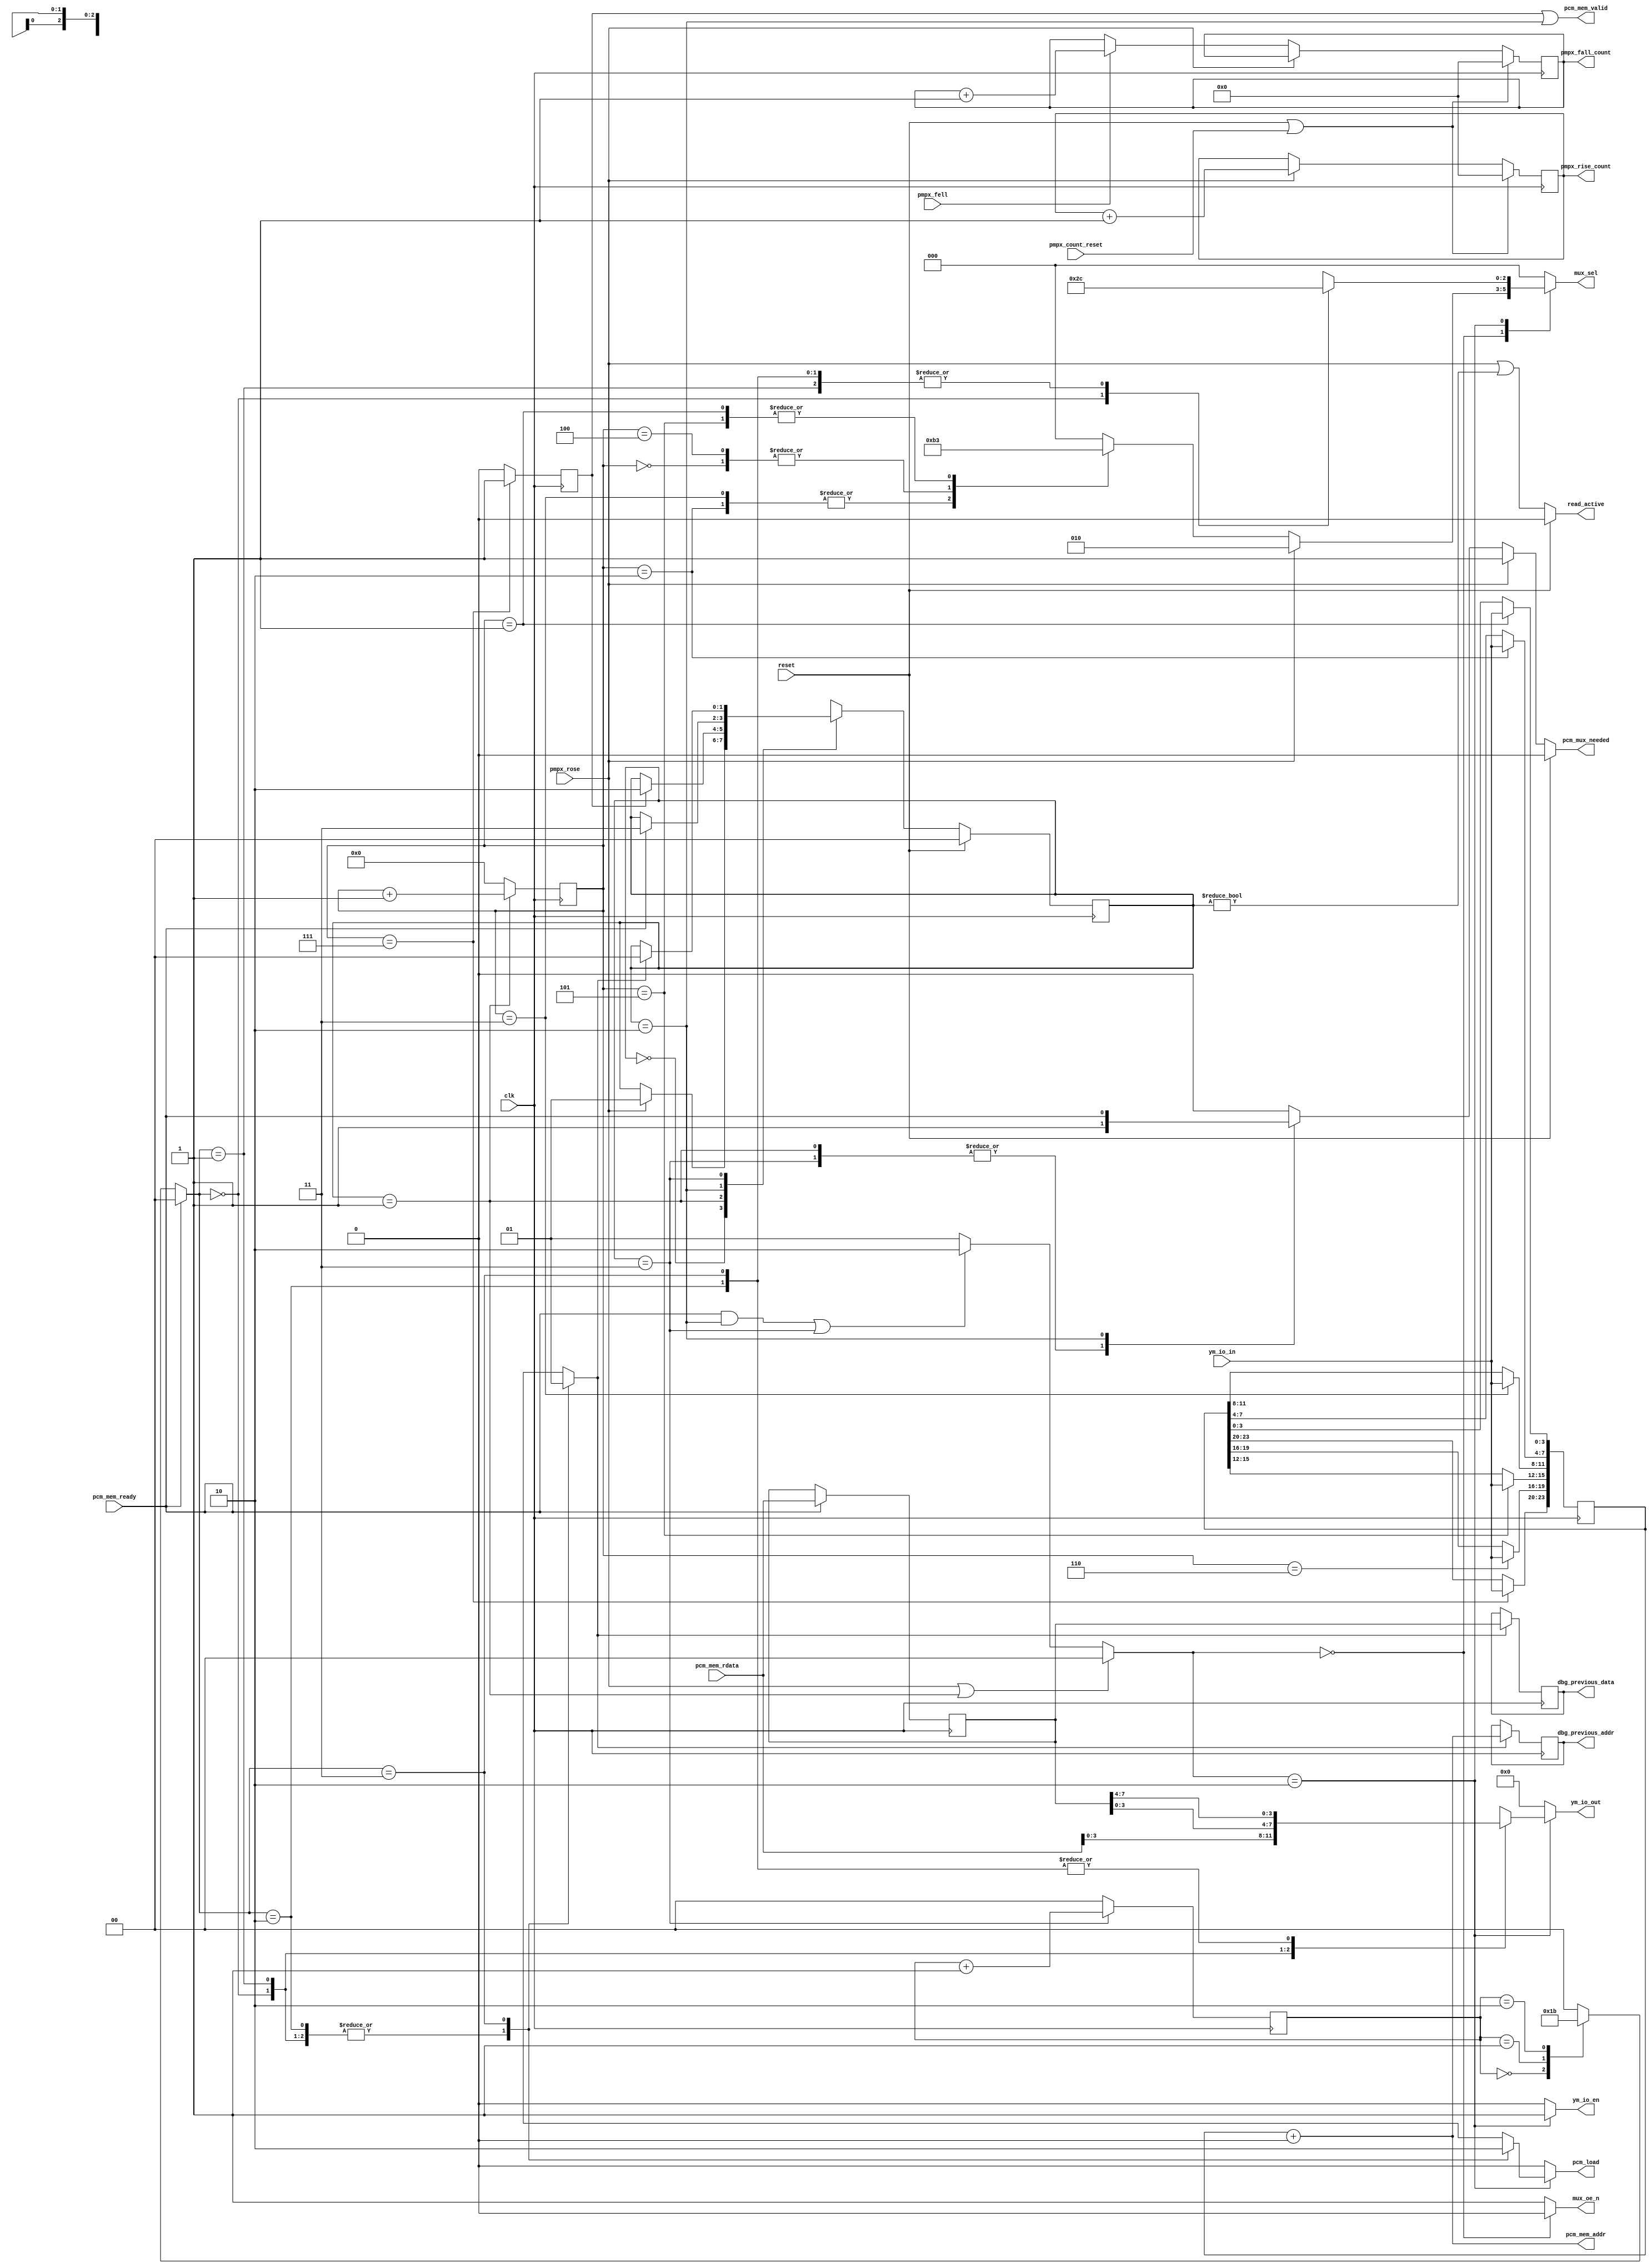
module adpcm_b_reader #(
	parameter [23:0] ADDRESS_OFFSET = 24'b0
) (
	input clk,
	input reset,

	// Status

	output reg [15:0] pmpx_rise_count,
	output reg [15:0] pmpx_fall_count,
	input pmpx_count_reset,
	
	// PCM Mux

	output reg pcm_mux_needed,
	output reg read_active,

	input pmpx_rose,
	input pmpx_fell,

	input [3:0] ym_io_in,

	output [3:0] ym_io_out,
	output ym_io_en,
	output [2:0] mux_sel,
	output mux_oe_n,
	output pcm_load,

	// PCM data reading

	input [7:0] pcm_mem_rdata,
	input pcm_mem_ready,

	output [23:0] pcm_mem_addr,
	output reg pcm_mem_valid,

	// Debugging

	output reg [23:0] dbg_previous_addr,
	output reg [7:0] dbg_previous_data
);
	// --- IO ---

	reg [3:0] ym_io_out_nx;
	reg [2:0] mux_sel_nx;
	reg pcm_load_nx;
	reg ym_io_en_nx;
	reg mux_oe_n_nx;

	assign ym_io_out = ym_io_out_nx;
	assign mux_sel = mux_sel_nx;
	assign pcm_load = pcm_load_nx;
	assign ym_io_en = ym_io_en_nx;
	assign mux_oe_n = mux_oe_n_nx;

	// --- FSM ---

	localparam [1:0]
		S_IDLE = 0,
		S_ADDRESS_READING = 1,
		S_PCM_READING = 2,
		S_PCM_WRITING = 3;

	reg [1:0] state;
	reg [1:0] state_nx;

	always @(posedge clk) begin
		state <= state_nx;
	end

	always @* begin
		if (reset) begin
			state_nx = S_IDLE;
		end else begin
			state_nx = state;

			case (state)
				S_IDLE: begin
					if (pmpx_rose) begin
						state_nx = S_ADDRESS_READING;
					end
				end
				S_ADDRESS_READING: begin
					if (address_read_complete) begin
						state_nx = S_PCM_READING;
					end
				end
				S_PCM_READING: begin
					if (pcm_mem_ready) begin
						state_nx = S_PCM_WRITING;
					end
				end
				S_PCM_WRITING: begin
					if (write_complete) begin
						state_nx = S_IDLE;
					end
				end
			endcase
		end
	end

	// --- PCM mux control ---

	reg [4:0] read_state;

	always @* begin
		if (reset) begin
			read_active = 0;
		end else begin
			read_active = pmpx_rose || (state != S_IDLE);
		end
	end

	always @* begin
		if (reset) begin
			pcm_mux_needed = 0;
		end else if (pmpx_rose) begin
			pcm_mux_needed = 1;
		end else begin
			case (state)
				S_ADDRESS_READING, S_PCM_WRITING: begin
					pcm_mux_needed = 1;
				end
				S_PCM_READING: begin
					pcm_mux_needed = pcm_mem_ready;
				end
				default: begin
					pcm_mux_needed = 0;
				end
			endcase
		end
	end

	always @(posedge clk) begin
		if (state == S_ADDRESS_READING) begin
			read_state <= read_state + 1;
		end else begin
			read_state <= 0;
		end
	end

	// PCM mux selection:

	localparam [1:0]
		MUX_SRC_ADDRESS = 0,
		MUX_SRC_PCM_READ = 1,
		MUX_SRC_PCM_WRITE = 2;

	reg [1:0] mux_src;

	always @* begin
		if (pmpx_rose || (state == S_ADDRESS_READING)) begin
			mux_src = MUX_SRC_ADDRESS;
		end else if ((pcm_mem_ready && (state == S_PCM_READING)) || (state == S_PCM_WRITING)) begin
			mux_src = MUX_SRC_PCM_WRITE;
		end else begin
			mux_src = MUX_SRC_PCM_READ;
		end
	end

	always @* begin
		mux_sel_nx = 0;
		mux_oe_n_nx = 1;
		pcm_load_nx = 0;
		ym_io_out_nx = 0;
		ym_io_en_nx = 0;

		case (mux_src)
			MUX_SRC_ADDRESS: begin
				mux_sel_nx = ar_mux_sel_nx;
				mux_oe_n_nx = ar_mux_oe_n_nx;
			end
			MUX_SRC_PCM_READ: begin
				mux_sel_nx = pr_mux_sel_nx;
				mux_oe_n_nx = pr_mux_oe_n_nx;
			end
			MUX_SRC_PCM_WRITE: begin
				mux_sel_nx = pw_mux_sel_nx;
				mux_oe_n_nx = pw_mux_oe_n_nx;
				ym_io_en_nx = pw_ym_io_en_nx;

				pcm_load_nx = pw_pcm_load_nx;
				ym_io_out_nx = pw_ym_io_out_nx;
			end
		endcase
	end

	// PCM address reading output:

	localparam [2:0]
		MUX_SEL_PAD3_0 = 3'b010,
		MUX_SEL_PAD7_4 = 3'b110,
		MUX_SEL_PA11_8 = 3'b011;

	reg [2:0] ar_mux_sel_nx;
	wire ar_mux_oe_n_nx = 0;

	always @* begin
		ar_mux_sel_nx = 0;

		if (pmpx_rose) begin
			// Address low (first cycle before entering state)
			ar_mux_sel_nx = MUX_SEL_PAD3_0;
		end else begin
			case (read_state)
				// Address low
				0: begin
					ar_mux_sel_nx = MUX_SEL_PAD7_4;
				end
				1: begin
					ar_mux_sel_nx = MUX_SEL_PA11_8;
				end
				// Address high
				2, 3: begin
					// 2 cycles while we wait for data to change to PMPX-fall output (hi address)
					// We access it before the falling edge to buy time though
					// This was previously 2 cycles delay only but that is right on the edge
					// +1 cycle to give a bit more time for address to settle
					// Waiting too long means read starts too late though, need to balance this
					ar_mux_sel_nx = MUX_SEL_PAD3_0;
				end
				4: begin
					ar_mux_sel_nx = MUX_SEL_PAD7_4;
				end
				5: begin
					ar_mux_sel_nx = MUX_SEL_PA11_8;
				end
			endcase
		end
	end

	// PCM mux address reading input:

	reg [23:0] pcm_mem_addr_base;
	reg address_read_complete;

	assign pcm_mem_addr = pcm_mem_addr_base + ADDRESS_OFFSET;

	always @(posedge clk) begin
		address_read_complete <= 0;

		case (read_state)
			// States 0 are still waiting for inputs
			1: begin
				pcm_mem_addr_base[3:0] <= ym_io_in;
			end
			2: begin
				pcm_mem_addr_base[7:4] <= ym_io_in;
			end
			3: begin
				pcm_mem_addr_base[11:8] <= ym_io_in;
			end
			4: begin
				// ...waiting for the second set of signals to appear
			end
			5: begin
				pcm_mem_addr_base[15:12] <= ym_io_in;
			end
			6: begin
				pcm_mem_addr_base[19:16] <= ym_io_in;
			end
			7: begin
				pcm_mem_addr_base[23:20] <= ym_io_in;
				address_read_complete <= 1;
			end
		endcase
	end

	// PCM read handling:

	wire [2:0] pr_mux_sel_nx = 0;
	wire pr_mux_oe_n_nx = 1;

	always @* begin
		// address_read_complete brings the pcm_mem_valid output 1 cycle earlier
		// The 24bit address is already valid at this stage
		pcm_mem_valid = address_read_complete || (state == S_PCM_READING);
	end

	// PCM write handling:

	reg [1:0] write_state;

	always @(posedge clk) begin
		if (state == S_PCM_WRITING) begin
			write_state <= write_state + 1;
		end else begin
			write_state <= 0;
		end
	end	

	reg [7:0] pcm;

	always @(posedge clk) begin
		if (pcm_mem_ready) begin
			pcm <= pcm_mem_rdata;
		end
	end

	localparam [1:0]
		PCM_WRITE_LO_SETUP = 0,
		PCM_WRITE_LO_HOLD = 1,
		PCM_WRITE_HI_SETUP = 2,
		PCM_WRITE_HI_HOLD = 3;

	reg [1:0] pcm_write_step;

	always @* begin
		pcm_write_step = PCM_WRITE_LO_SETUP;

		if (pcm_mem_ready) begin
			// First step: Low nybble: setup + LE high
			pcm_write_step = PCM_WRITE_LO_SETUP;
		end else begin
			case (write_state)
				0: begin
					// Low nybble: hold + LE low
					pcm_write_step = PCM_WRITE_LO_HOLD;
				end
				1: begin
					// High nybble: setup + LE high
					pcm_write_step = PCM_WRITE_HI_SETUP;
				end
				2: begin
					// High nybble: hold + LE low
					pcm_write_step = PCM_WRITE_HI_HOLD;
				end
			endcase
		end
	end

	reg [2:0] pw_mux_sel_nx;
	reg [3:0] pw_ym_io_out_nx;
	reg pw_pcm_load_nx;

	reg write_complete;

	wire pw_ym_io_en_nx = 1;
	wire pw_mux_oe_n_nx = 1;

	always @* begin
		pw_mux_sel_nx = 0;
		pw_pcm_load_nx = 0;
		write_complete = 0;
		pw_ym_io_out_nx = 0;

		case (pcm_write_step)
			PCM_WRITE_LO_SETUP: begin
				pw_mux_sel_nx = 3'b101;
				pw_ym_io_out_nx = pcm_mem_rdata[3:0];

				// This prematurely drives PAD7-4 with a duplicate nybble
				// There's no ill effect from doing this though, it's set below
				pw_pcm_load_nx = 1;
			end
			PCM_WRITE_LO_HOLD: begin
				pw_mux_sel_nx = 3'b100;
				pw_ym_io_out_nx = pcm[3:0];

				pw_pcm_load_nx = 1;
			end
			PCM_WRITE_HI_SETUP: begin
				pw_mux_sel_nx = 3'b100;
				pw_ym_io_out_nx = pcm[7:4];

				pw_pcm_load_nx = 1;
			end
			PCM_WRITE_HI_HOLD: begin
				pw_mux_sel_nx = 3'b100;
				pw_ym_io_out_nx = pcm[7:4];

				write_complete = 1;
			end
		endcase
	end

	// --- Status outputs ---

	always @(posedge clk) begin
		if (reset || pmpx_count_reset) begin
			pmpx_rise_count <= 0;
			pmpx_fall_count <= 0;
		end else begin
			if (pmpx_rose) begin
				pmpx_rise_count <= pmpx_rise_count + 1;
			end else if (pmpx_fell) begin
				pmpx_fall_count <= pmpx_fall_count + 1;
			end
		end
	end

	// --- Debug ---

	always @(posedge clk) begin
		if (write_complete) begin
			dbg_previous_addr <= pcm_mem_addr;
			dbg_previous_data <= pcm;
		end
	end

	// --- Convenience functions ---

	function [0:0] state_changing_to;
		input [1:0] new_state;

		state_changing_to = (state_nx == new_state) && (state != new_state);
	endfunction

endmodule